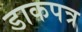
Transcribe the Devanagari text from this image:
डाकपत्र